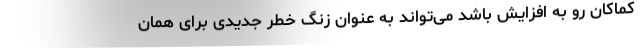
کماکان رو به افزایش باشد می‌تواند به عنوان زنگ خطر جدیدی برای همان